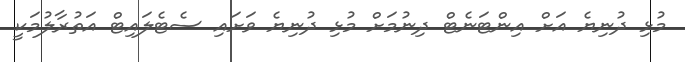
މުޅި ދުނިޔެ އަށް އިންޓަނެޓް ދިނުމަށް މުޅި ދުނިޔެ ވަށައި ސެޓެލައިޓް އަތުރާލުމަކީ